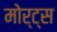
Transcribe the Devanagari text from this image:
मोर्ट्स